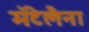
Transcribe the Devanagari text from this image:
मॅटेलैना